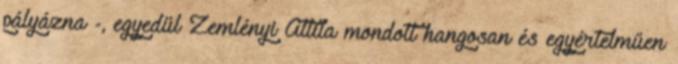
pályázna -, egyedül Zemlényi Attila mondott hangosan és egyértelműen